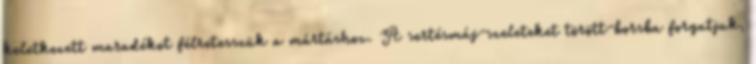
keletkezett maradékot félretesszük a mártáshoz. A sertésmáj-szeleteket törött-borsba forgatjuk,